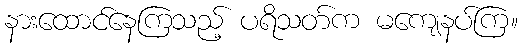
နားထောင်နေကြသည့် ပရိသတ်က မကျေနပ်ကြ။